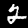
Digit: 2